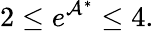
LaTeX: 2\leq e^{\mathcal{A}^{\ast}}\leq 4.